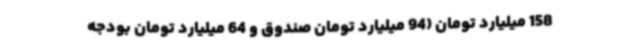
158 میلیارد تومان (94 میلیارد تومان صندوق و 64 میلیارد تومان بودجه